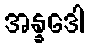
အန္နဒေါ